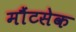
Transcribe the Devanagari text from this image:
मौंटसेक